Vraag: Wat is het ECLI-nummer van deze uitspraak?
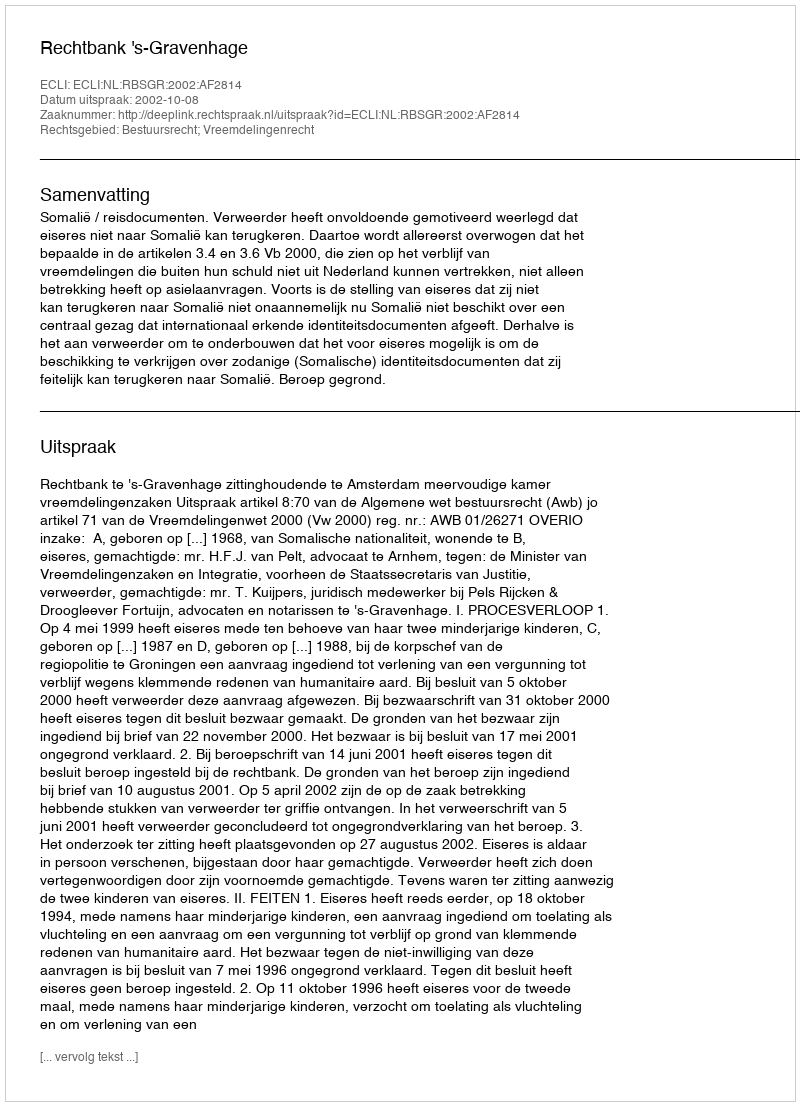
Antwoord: ECLI:NL:RBSGR:2002:AF2814